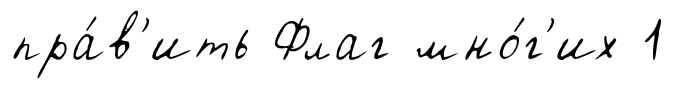
пра́в'ить Флаг мно́г'их 1